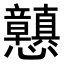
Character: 𭟪